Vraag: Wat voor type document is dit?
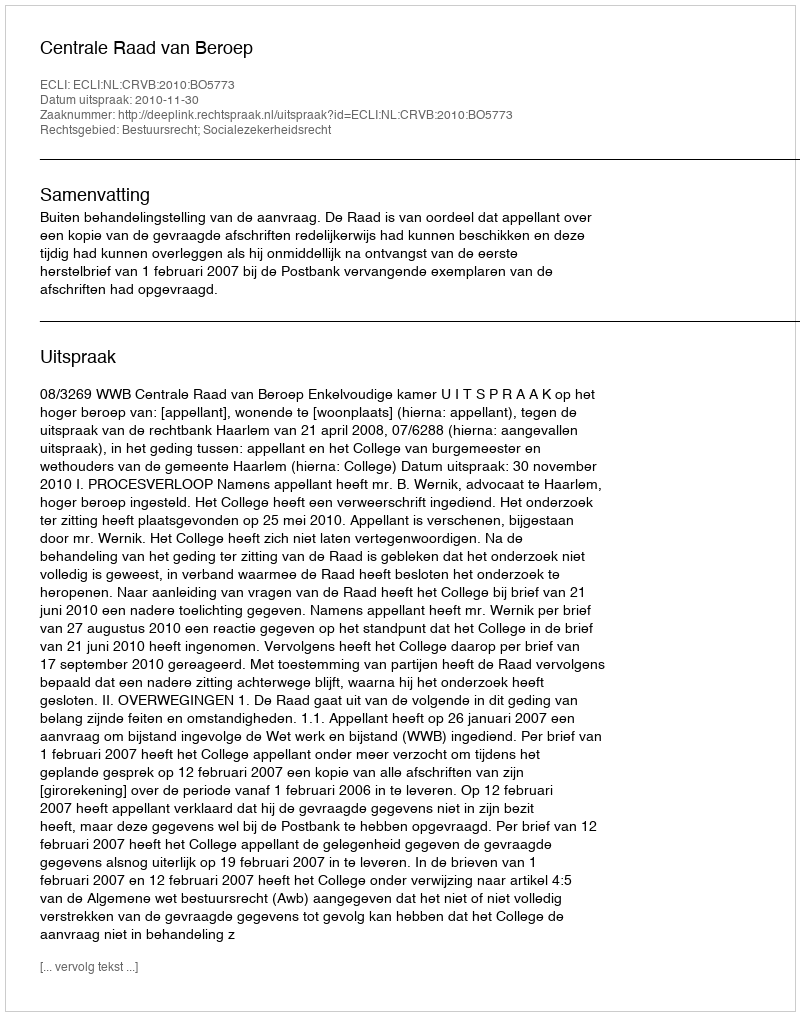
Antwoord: Uitspraak